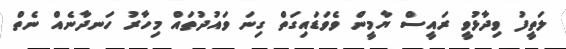
ލަތީފު ވިދާޅުވީ ރައީސް ޔާމީން ވެވަޑައިގަތް ގިނަ ވައުދުތައް މިހާރު ހަނދާނެއް ނެތް